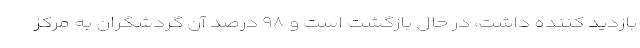
بازدید کننده داشت، در حال بازگشت است و ۹۸ درصد آن گردشگران به مرکز